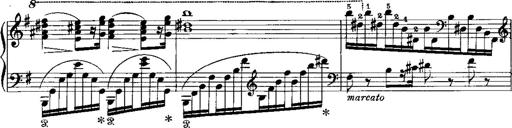
Title: RÃ©miniscences de Norma de Bellini
Composer: Franz Liszt